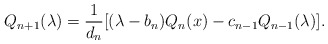
\begin{align*}Q_{n+1}(\lambda) = \frac{1}{d_n}[(\lambda - b_n )Q_n (x) - c_{n-1} Q_{n-1} (\lambda)]. \end{align*}